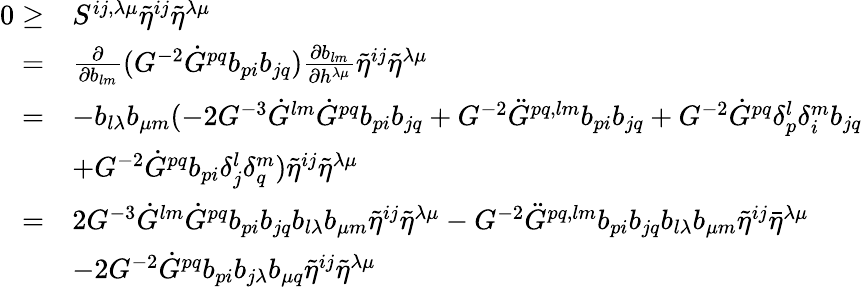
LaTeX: \begin{array}{rl}{0\geq}&{S^{ij,\lambda\mu}\tilde{\eta}^{ij}\tilde{\eta}^{\lambda\mu}}\\ {=}&{\frac{\partial}{\partial b_{lm}}(G^{-2}\dot{G}^{pq}b_{pi}b_{jq})\frac{\partial b_{lm}}{\partial h^{\lambda\mu}}\tilde{\eta}^{ij}\tilde{\eta}^{\lambda\mu}}\\ {=}&{-b_{l\lambda}b_{\mu m}(-2G^{-3}\dot{G}^{lm}\dot{G}^{pq}b_{pi}b_{jq}+G^{-2}\ddot{G}^{pq,lm}b_{pi}b_{jq}+G^{-2}\dot{G}^{pq}\delta_{p}^{l}\delta_{i}^{m}b_{jq}}\\ &{+G^{-2}\dot{G}^{pq}b_{pi}\delta_{j}^{l}\delta_{q}^{m})\tilde{\eta}^{ij}\tilde{\eta}^{\lambda\mu}}\\ {=}&{2G^{-3}\dot{G}^{lm}\dot{G}^{pq}b_{pi}b_{jq}b_{l\lambda}b_{\mu m}\tilde{\eta}^{ij}\tilde{\eta}^{\lambda\mu}-G^{-2}\ddot{G}^{pq,lm}b_{pi}b_{jq}b_{l\lambda}b_{\mu m}\tilde{\eta}^{ij}\bar{\eta}^{\lambda\mu}}\\ &{-2G^{-2}\dot{G}^{pq}b_{pi}b_{j\lambda}b_{\mu q}\tilde{\eta}^{ij}\tilde{\eta}^{\lambda\mu}}\end{array}